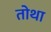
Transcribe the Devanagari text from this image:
तोथा